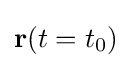
\mathbf {r} (t=t_{0})